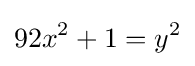
92x^{2}+1=y^{2}